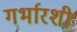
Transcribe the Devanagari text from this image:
गर्भारशी